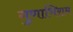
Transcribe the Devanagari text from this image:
गुणाभिराम